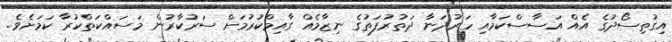
އިގުތިސޯދުގެ އެއް އަސާސްކަމާއި ހަރުދަނާ ދަތުރުފަތުގެ ނިޒާމެއް ގާއިމްކުރުމަށް ސަރުކާރުން މަސައްކަތްކުރާ ކަމަށެވެ.